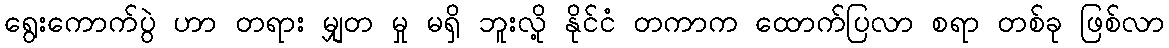
ရွေးကောက်ပွဲ ဟာ တရား မျှတ မှု မရှိ ဘူးလို့ နိုင်ငံ တကာက ထောက်ပြလာ စရာ တစ်ခု ဖြစ်လာ